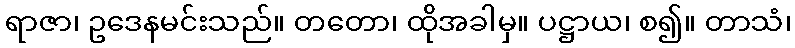
ရာဇာ၊ ဥဒေနမင်းသည်။ တတော၊ ထိုအခါမှ။ ပဋ္ဌာယ၊ စ၍။ တာသံ၊